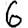
Digit: 6